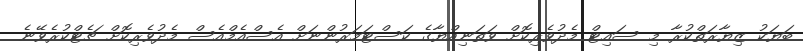
ބަޔަކު ޒިޔާރަތްކުރާ މި ސައިޓް މެދުވެރިކޮށް ވަތަނިއްޔާގެ ކަސްޓަމަރުންނަށް އެސްއެމްއެސް މެދުވެރިކޮށް ޗެޓްކުރެވޭނެ